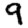
Digit: 9